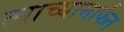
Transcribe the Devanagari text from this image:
त्याच्यामार्फत